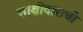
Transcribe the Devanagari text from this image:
साक्षीदाराची